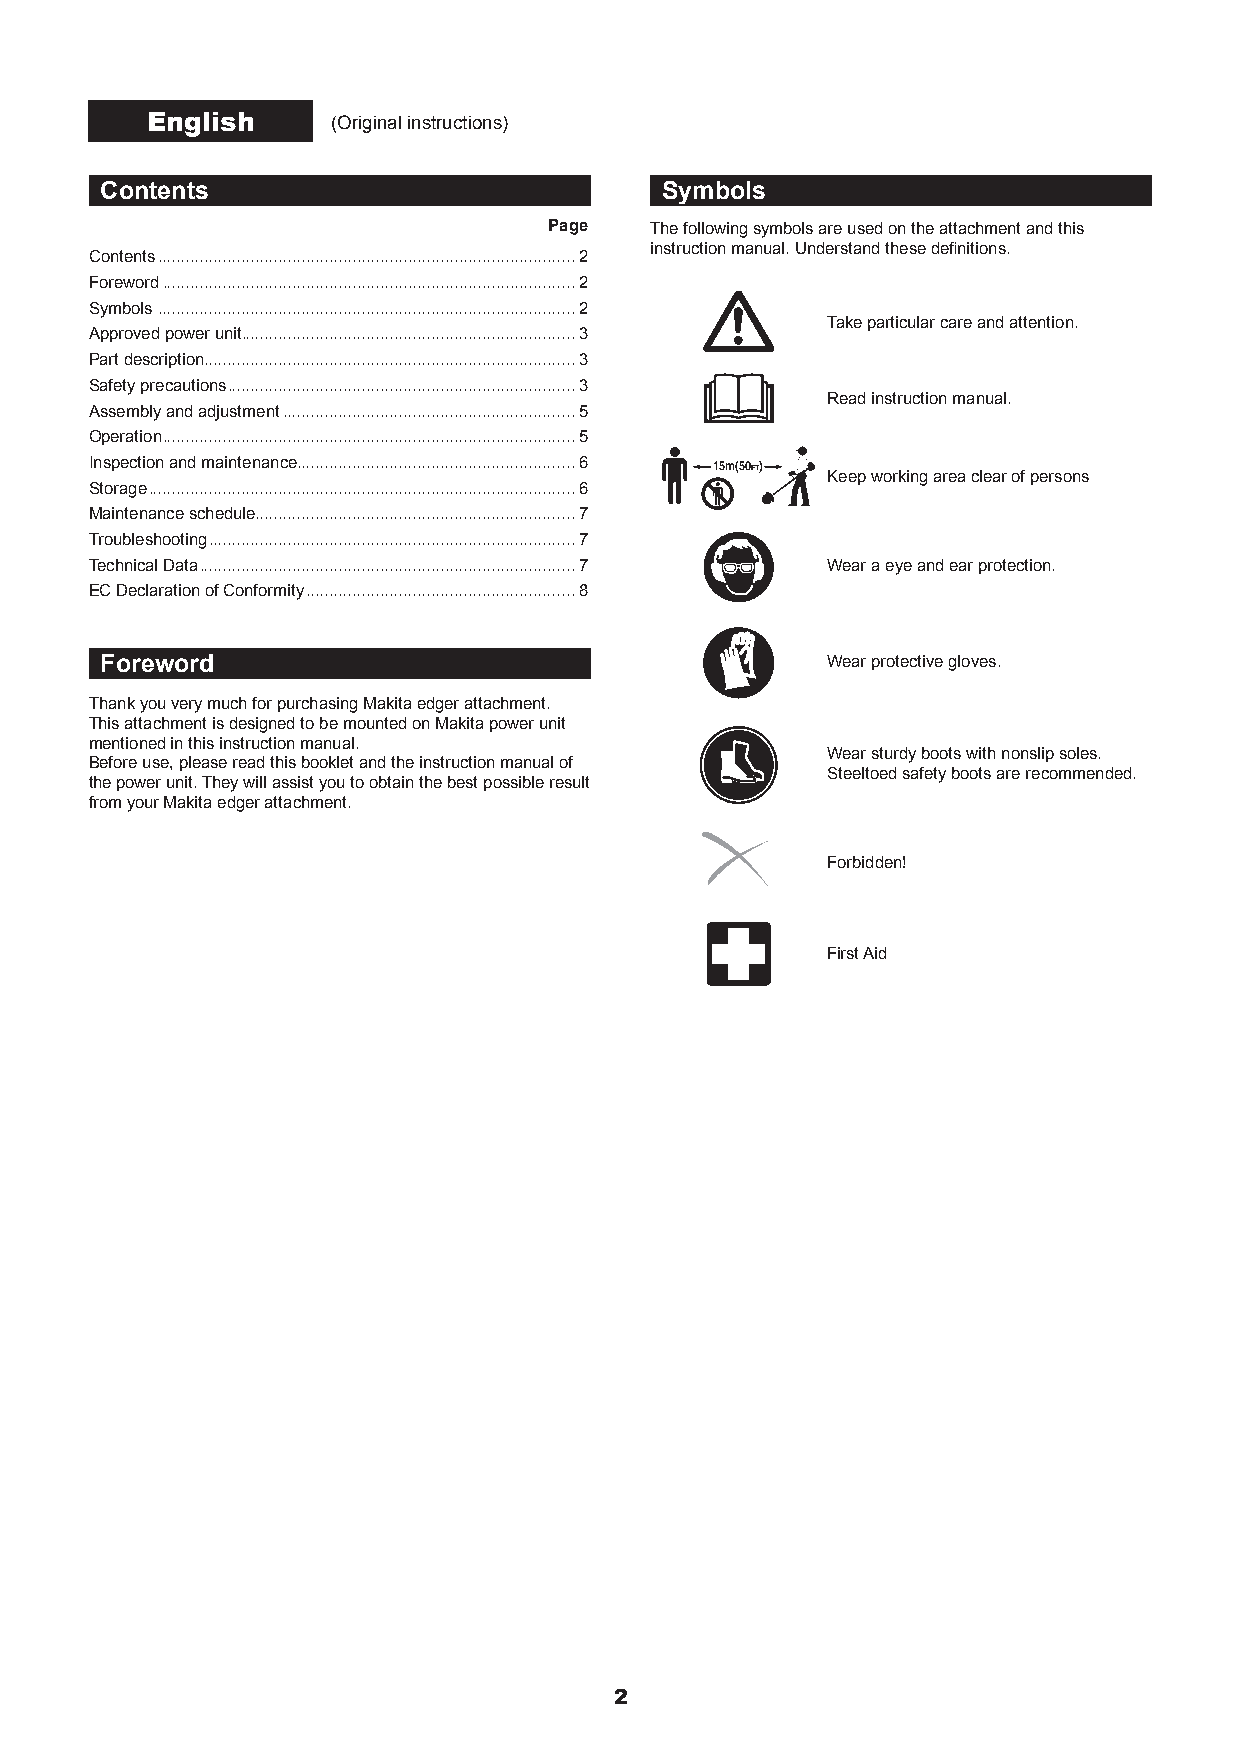
English     (Original instructions)
 Contents                             Symbols
 Page   The following symbols are used on the attachment and this
 instruction manual. Understand these definitions.
 Contents ..........................................................................................2
 Foreword .........................................................................................2
 Symbols ..........................................................................................2
 Take particular care and attention.
 Approved power unit........................................................................3
 Part description................................................................................3
 Safety precautions ...........................................................................3
 Read instruction manual.
 Assembly and adjustment ...............................................................5
 Operation .........................................................................................5
 Inspection and maintenance............................................................6 15m(50FT)
 Keep working area clear of persons
 Storage ............................................................................................6
 Maintenance schedule.....................................................................7
 Troubleshooting ...............................................................................7
 Technical Data .................................................................................7 Wear a eye and ear protection.
 EC Declaration of Conformity ..........................................................8
 Foreword                                        Wear protective gloves.
 Thank you very much for purchasing Makita edger attachment.
 This attachment is designed to be mounted on Makita power unit
 mentioned in this instruction manual.
 Wear sturdy boots with nonslip soles.
 Before use, please read this booklet and the instruction manual of
 Steeltoed safety boots are recommended.
 the power unit. They will assist you to obtain the best possible result
 from your Makita edger attachment.
 Forbidden!
 First Aid
 2